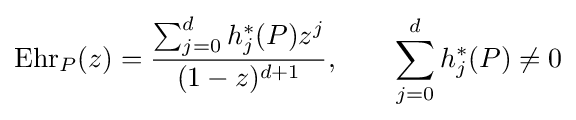
\operatorname {Ehr} _{P}(z)={\frac {\sum _{j=0}^{d}h_{j}^{\ast }(P)z^{j}}{(1-z)^{d+1}}},\qquad \sum _{j=0}^{d}h_{j}^{\ast }(P)\neq 0